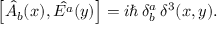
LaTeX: \left[ \hat { A } _ { b } ( x ) , \hat { E ^ { a } } ( y ) \right] = i \hbar \, \delta _ { b } ^ { a } \, { \delta } ^ { 3 } ( x , y ) .